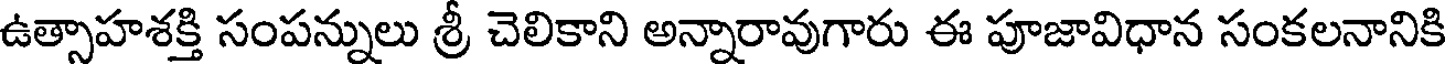
ఉత్సాహశక్తి సంపన్నులు శ్రీ చెలికాని అన్నారావుగారు ఈ పూజావిధాన సంకలనానికి